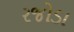
રજોડા